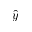
\hat { y }